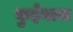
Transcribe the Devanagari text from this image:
कुईयाबा